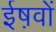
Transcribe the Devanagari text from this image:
ईष़वों